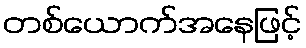
တစ်ယောက်အနေဖြင့်